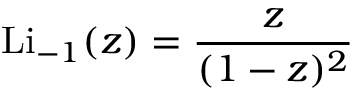
\operatorname { L i } _ { - 1 } ( z ) = { \frac { z } { ( 1 - z ) ^ { 2 } } }